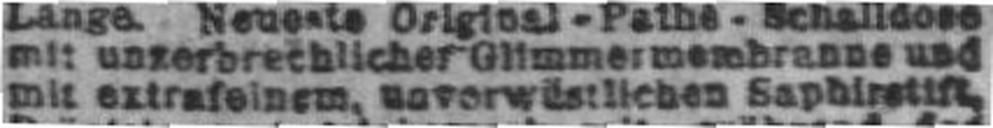
mit extrafeinem, unverwüstlichen Saphirstift,